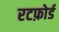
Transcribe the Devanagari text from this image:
रटफ़ोर्ड